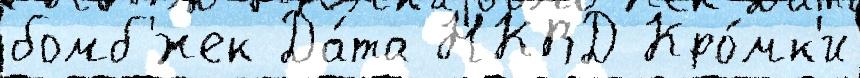
бомб'́жек Да́та НКВД Кро́мк'и